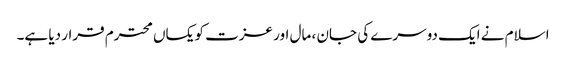
اسلام نے ایک دوسرے کی جان ، مال اور عزت کویکساں محترم قرار دیا ہے۔